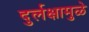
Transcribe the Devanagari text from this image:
दुर्लक्षामुळे